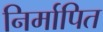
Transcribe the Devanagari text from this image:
निर्मापित